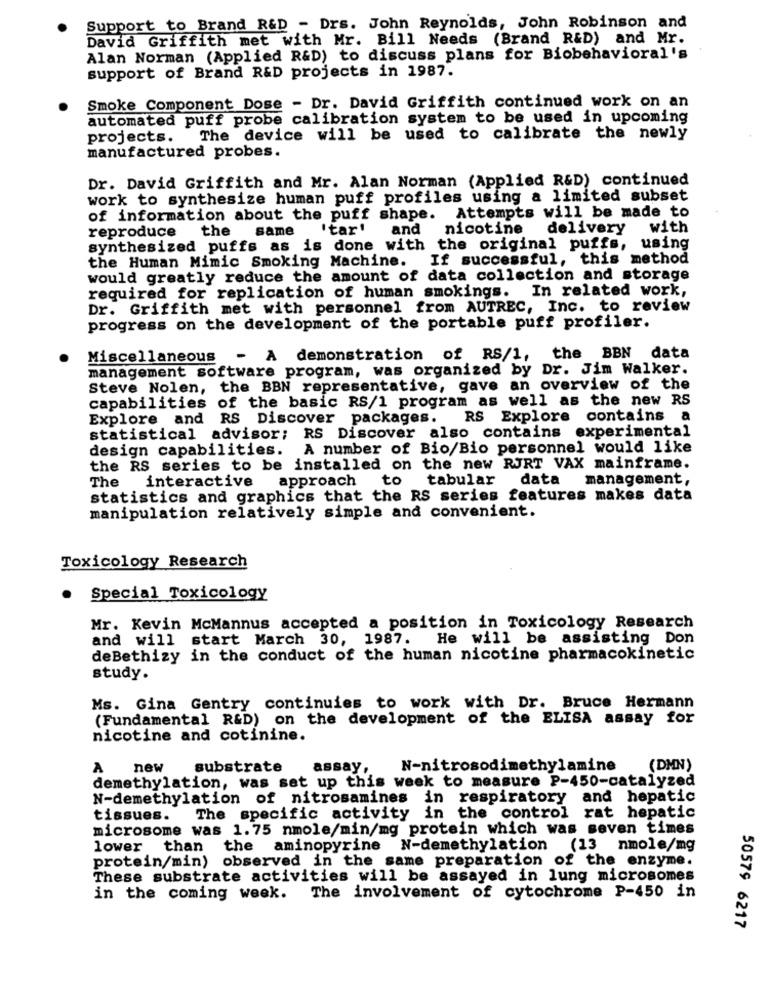
Support to Brand R&D - Drs. John Reynolds, John Robinson and
David Griffith met with Mr. Bill Needs (Brand R&D) and Mr.
Alan Norman (Applied R&D) to discuss plans for Biobehavioral's
support of Brand R&D projects in 1987.
Smoke Component Dose - Dr. David Griffith continued work on an
automated puff probe calibration system to be used in upcoming
projects.
The device will be used to calibrate the newly
manufactured probes.
Dr. David Griffith and Mr. Alan Norman (Applied R&D) continued
work to synthesize human puff profiles using a limited subset
of information about the puff shape. Attempts will be made to
reproduce
the
"tar' and
nicotine
delivery with
same
synthesized puffs as is done with the original puffs, using
the Human Mimic Smoking Machine.
If successful, this method
would greatly reduce the amount of data collection and storage
required for replication of human smokings. In related work,
Dr. Griffith met with personnel from AUTREC, Inc. to review
progress on the development of the portable puff profiler.
Miscellaneous - A demonstration of RS/1,
the BBN data
management software program, was organized by Dr. Jim Walker.
Steve Nolen, the BBN representative, gave an overview of the
capabilities of the basic RS/1 program as well as the new RS
Explore and RS Discover packages. RS Explore
contains a
statistical advisor; RS Discover also contains experimental
design capabilities.
A number of Bio/Bio personnel would like
the RS series to be installed on the new RJRT VAX mainframe.
The
interactive
approach
to
tabular data
management,
statistics and graphics that the RS series features makes data
manipulation relatively simple and convenient.
Toxicology Research
.
Special Toxicology
Mr. Kevin McMannus accepted a position in Toxicology Research
and will start March 30, 1987. He will be assisting Don
deBethizy in the conduct of the human nicotine pharmacokinetic
study.
Ms. Gina Gentry continuies to work with Dr. Bruce Hermann
(Fundamental R&D) on the development of the ELISA assay for
nicotine and cotinine.
A
new
substrate
assay,
N-nitrosodimethylamine
(DMN)
demethylation, was set up this week to measure P-450-catalyzed
N-demethylation of nitrosamines in respiratory and hepatic
tissues.
The specific activity in the control rat hepatic
microsome was 1.75 nmole/min/mg protein which was seven times
lower than the aminopyrine N-demethylation (13 nmole/mg
protein/min) observed in the same preparation of the enzyme.
These substrate activities will be assayed in lung microsomes
in the coming week. The involvement of cytochrome P-450 in
50579 6217